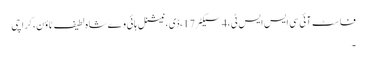
فاسٹ آئی سی ایس ایس ٹی،4سیکٹر17،ڈی، نیشنل ہائی وے شاہ لطیف ٹاؤن، کراچی
۔